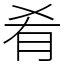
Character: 肴